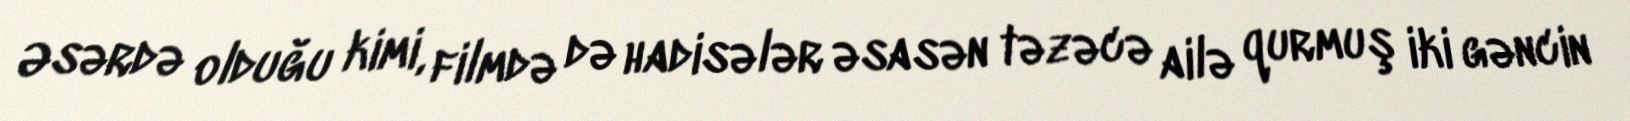
Əsərdə olduğu kimi, filmdə də hadisələr əsasən təzəcə ailə qurmuş iki gəncin